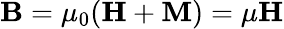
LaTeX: \mathbf B=\mu_{0}(\mathbf H+\mathbf M)=\mu\mathbf H